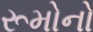
રૂમોનો